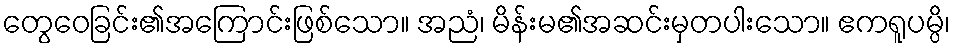
တွေဝေခြင်း၏အကြောင်းဖြစ်သော။ အညံ၊ မိန်းမ၏အဆင်းမှတပါးသော။ ဧကရူပမ္ပိ၊